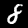
Label: 8